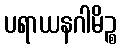
ပရာယနဂါမိဉ္စ